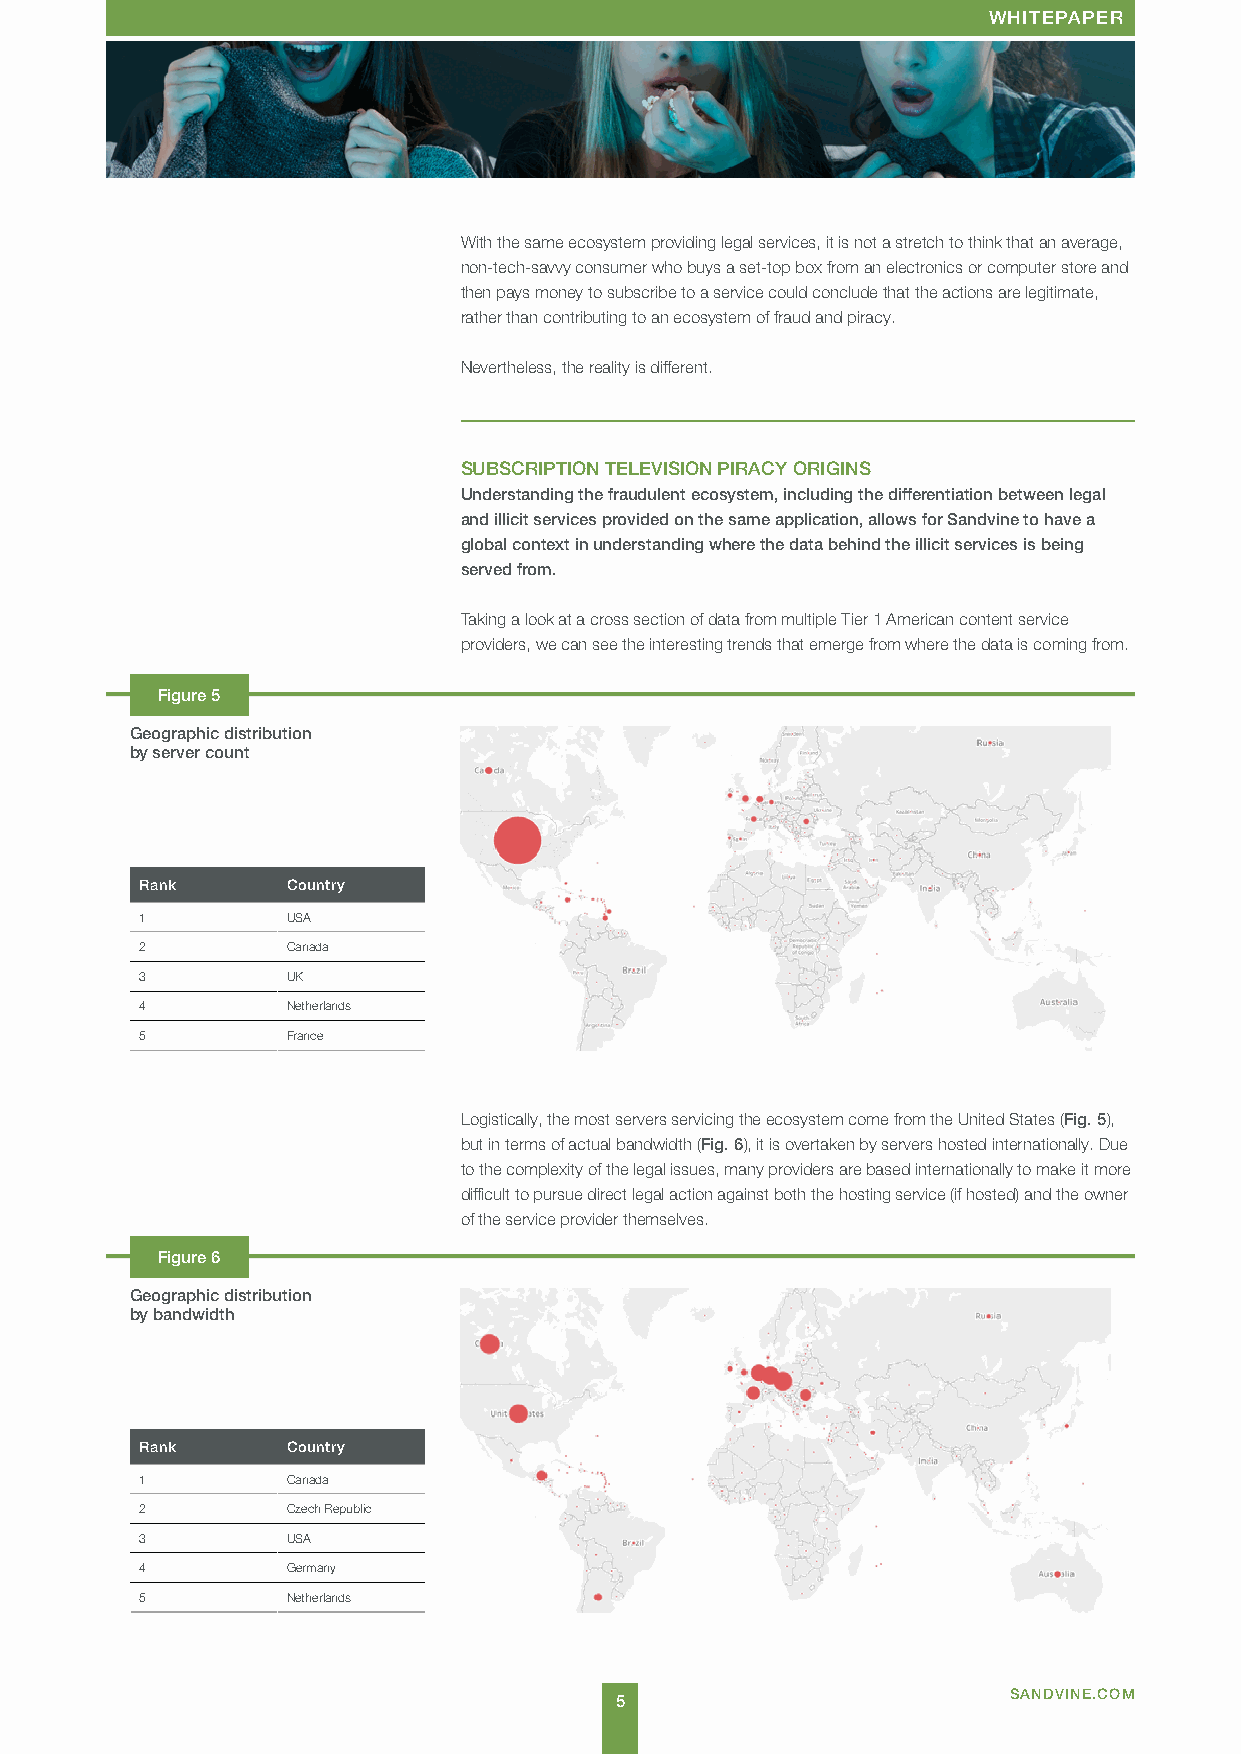
WCAHSITEE SPTAUPDERY
 With the same ecosystem providing legal services, it is not a stretch to think that an average,
 non-tech-savvy consumer who buys a set-top box from an electronics or computer store and
 then pays money to subscribe to a service could conclude that the actions are legitimate,
 rather than contributing to an ecosystem of fraud and piracy.
 Nevertheless, the reality is different.
 SUBSCRIPTION TELEVISION PIRACY ORIGINS
 Understanding the fraudulent ecosystem, including the differentiation between legal
 and illicit services provided on the same application, allows for Sandvine to have a
 global context in understanding where the data behind the illicit services is being
 served from.
 Taking a look at a cross section of data from multiple Tier 1 American content service
 providers, we can see the interesting trends that emerge from where the data is coming from.
 Figure 5
 Geographic distribution
 by server count
 Rank      Country
 1         USA
 2         Canada
 3         UK
 4         Netherlands
 5         France
 Logistically, the most servers servicing the ecosystem come from the United States (Fig. 5),
 but in terms of actual bandwidth (Fig. 6), it is overtaken by servers hosted internationally. Due
 to the complexity of the legal issues, many providers are based internationally to make it more
 difficult to pursue direct legal action against both the hosting service (if hosted) and the owner
 of the service provider themselves.
 Figure 6
 Geographic distribution
 by bandwidth
 Rank      Country
 1         Canada
 2         Czech Republic
 3         USA
 4         Germany
 5         Netherlands
 5                         SANDVINE.COM